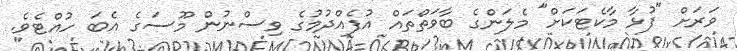
ވަރަށް "ފުޅާ މާކެޓަކަށް" މެލަންގެ ބާވަތްތައް އުފެއްދުމުގެ ވިސްނުން މޫސަގެ އެބަ ހުއްޓެވެ.